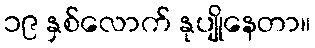
၁၉ နှစ်လောက် နုပျိုနေတာ။